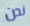
نحن